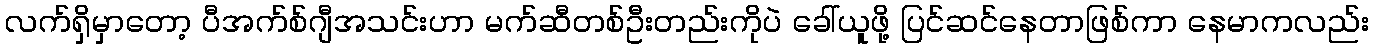
လက်ရှိမှာတော့ ပီအက်စ်ဂျီအသင်းဟာ မက်ဆီတစ်ဦးတည်းကိုပဲ ခေါ်ယူဖို့ ပြင်ဆင်နေတာဖြစ်ကာ နေမာကလည်း